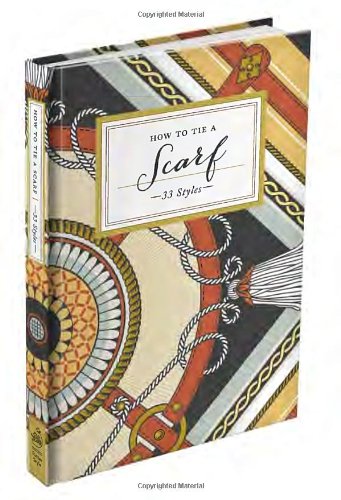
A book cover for How to Tie a Scarf: 33 Styles; Potter Style; Arts & Photography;